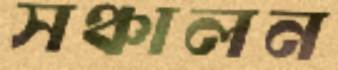
সঞ্চালন